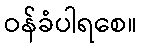
ဝန်ခံပါရစေ။